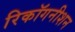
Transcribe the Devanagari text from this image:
रिकॉगनीशन